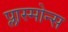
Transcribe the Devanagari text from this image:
प्लास्मोन्स